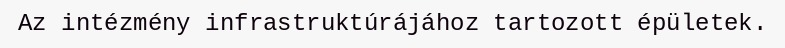
Az intézmény infrastruktúrájához tartozott épületek.